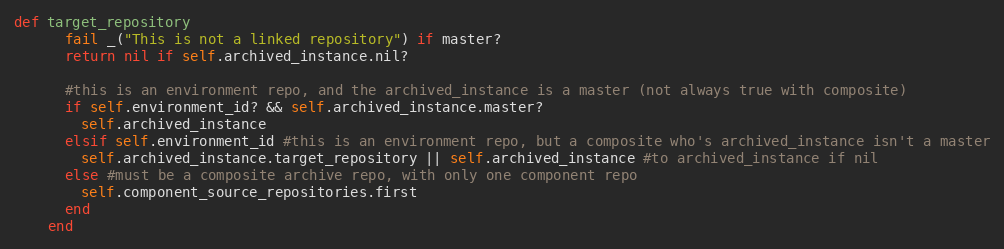
Language: Ruby
def target_repository
      fail _("This is not a linked repository") if master?
      return nil if self.archived_instance.nil?

      #this is an environment repo, and the archived_instance is a master (not always true with composite)
      if self.environment_id? && self.archived_instance.master?
        self.archived_instance
      elsif self.environment_id #this is an environment repo, but a composite who's archived_instance isn't a master
        self.archived_instance.target_repository || self.archived_instance #to archived_instance if nil
      else #must be a composite archive repo, with only one component repo
        self.component_source_repositories.first
      end
    end